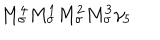
M _ { \sigma } ^ { 4 } M _ { \sigma } ^ { 1 } M _ { \sigma } ^ { 2 } M _ { \sigma } ^ { 3 } \gamma _ { 5 }